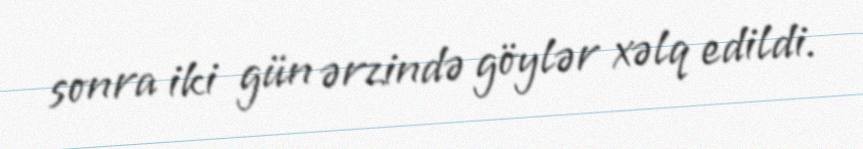
sonra iki gün ərzində göylər xəlq edildi.